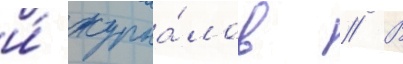
и́ журна́лов // В